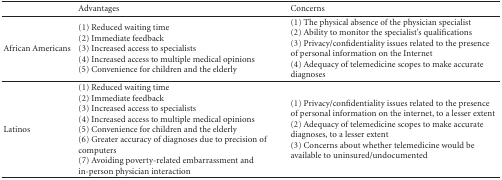
<table><thead><tr><td><b> </b></td><td><b>Advantages</b></td><td><b>Concerns</b></td></tr></thead><tbody><tr><td>African Americans</td><td>(1) Reduced waiting time (2) Immediate feedback (3) Increased access to specialists (4) Increased access to multiple medical opinions (5) Convenience for children and the elderly</td><td>(1) The physical absence of the physician specialist (2) Ability to monitor the specialist&#x27;s qualifications (3) Privacy/confidentiality issues related to the presence of personal information on the Internet(4) Adequacy of telemedicine scopes to make accurate diagnoses</td></tr><tr><td>Latinos</td><td>(1) Reduced waiting time (2) Immediate feedback (3) Increased access to specialists (4) Increased access to multiple medical opinions (5) Convenience for children and the elderly (6) Greater accuracy of diagnoses due to precision of computers (7) Avoiding poverty-related embarrassment and in-person physician interaction</td><td>(1) Privacy/confidentiality issues related to the presence of personal information on the internet, to a lesser extent (2) Adequacy of telemedicine scopes to make accurate diagnoses, to a lesser extent (3) Concerns about whether telemedicine would be available to uninsured/undocumented</td></tr></tbody></table>